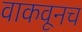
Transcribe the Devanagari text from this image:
वाकवूनच